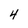
Character: 4